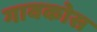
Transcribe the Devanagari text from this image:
गावकोस